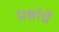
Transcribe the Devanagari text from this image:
प्रश्नांचें